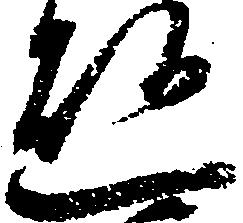
懸